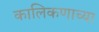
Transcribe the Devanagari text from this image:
कालिकणाच्या